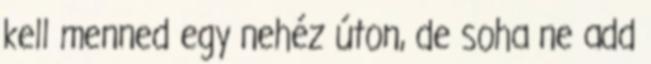
kell menned egy nehéz úton, de soha ne add